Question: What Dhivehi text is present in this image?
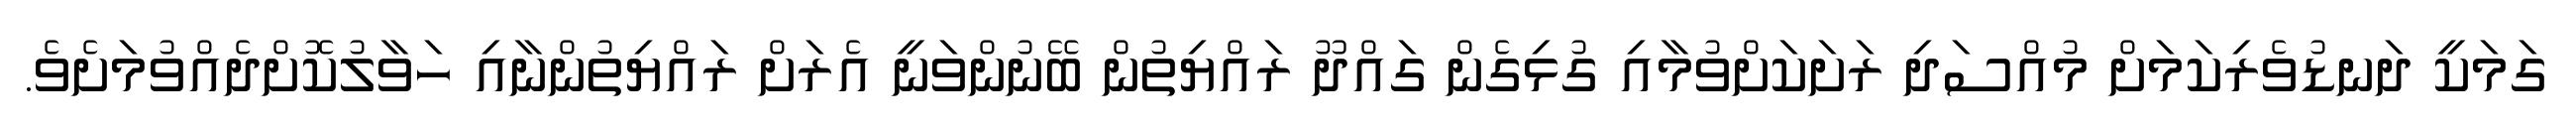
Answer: ގަމަކީ ދަނޑުވެރިކަމަށް މުއްސަދި ރަށަކަށްވުމާއި ގުޅިގެން ގައްދޫ ރައްޔިތުން ބޭނުންވަނީ އެރަށް ރައްޔިތުންނާއި ހަވާލުކޮށްދެއްވުމަށެވެ.